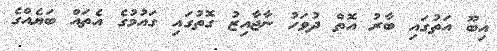
އިބޫ އަތުގައި ބާރު އޮތް ދުވަހު ނާޖާއިޒު ގޮތުގައި ގައުމުގެ އެތައް ބަޔެއްގެ